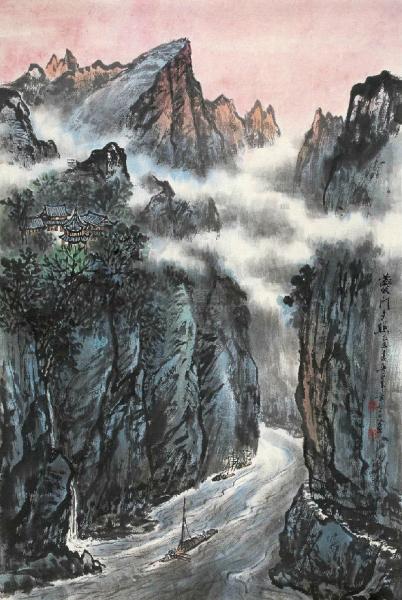
长恨人心不如水，等闲平地起波澜。